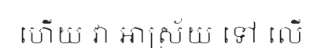
ហើយ វា អាស្រ័យ ទៅ លើ